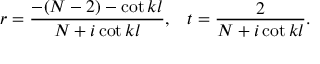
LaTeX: r = { \frac { - ( N - 2 ) - \mathrm { c o t } \, k l } { N + i \, \mathrm { c o t } \, k l } } , \; \; \; t = { \frac { 2 } { N + i \, \mathrm { c o t } \, k l } } .